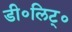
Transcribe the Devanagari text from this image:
डी॰लिट्॰